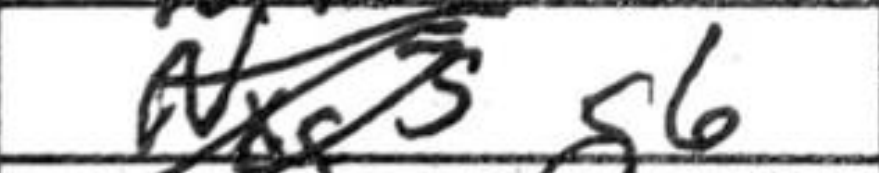
Transcription: g6